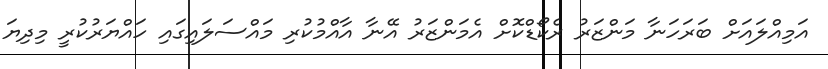
އަމިއްލައަށް ބަރަހަނާ މަންޒަރު ރެކޯޑްކޮށް އެމަންޒަރު އޭނާ އާއްމުކުރި މައްސަލައިގައި ހައްޔަރުކުރީ މިދިޔަ